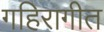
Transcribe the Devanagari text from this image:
गहिरागीत